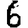
Digit: 6